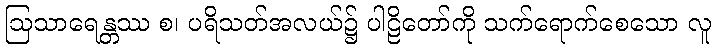
ဩသာရေန္တဿ စ၊ ပရိသတ်အလယ်၌ ပါဠိတော်ကို သက်ရောက်စေသော လူ